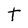
Character: t